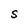
Character: S